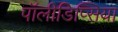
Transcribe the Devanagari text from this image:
पॉलीडिप्सिया